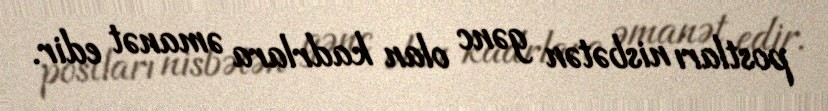
postları nisbətən gənc olan kadrlara əmanət edir.